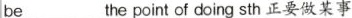
be___the point of doing sth正要做某事